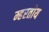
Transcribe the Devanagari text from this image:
म्हरतोय